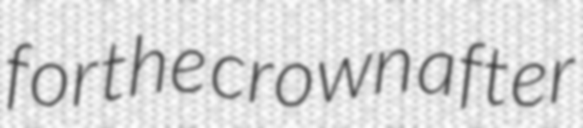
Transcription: for the crown after